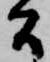
間